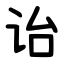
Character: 诒